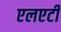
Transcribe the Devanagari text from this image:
एलएटी